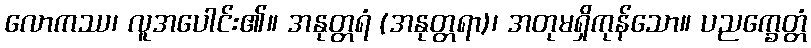
လောကဿ၊ လူအပေါင်း၏။ အနုတ္တရံ (အနုတ္တရာ)၊ အတုမရှိကုန်သော။ ပညက္ခေတ္တံ